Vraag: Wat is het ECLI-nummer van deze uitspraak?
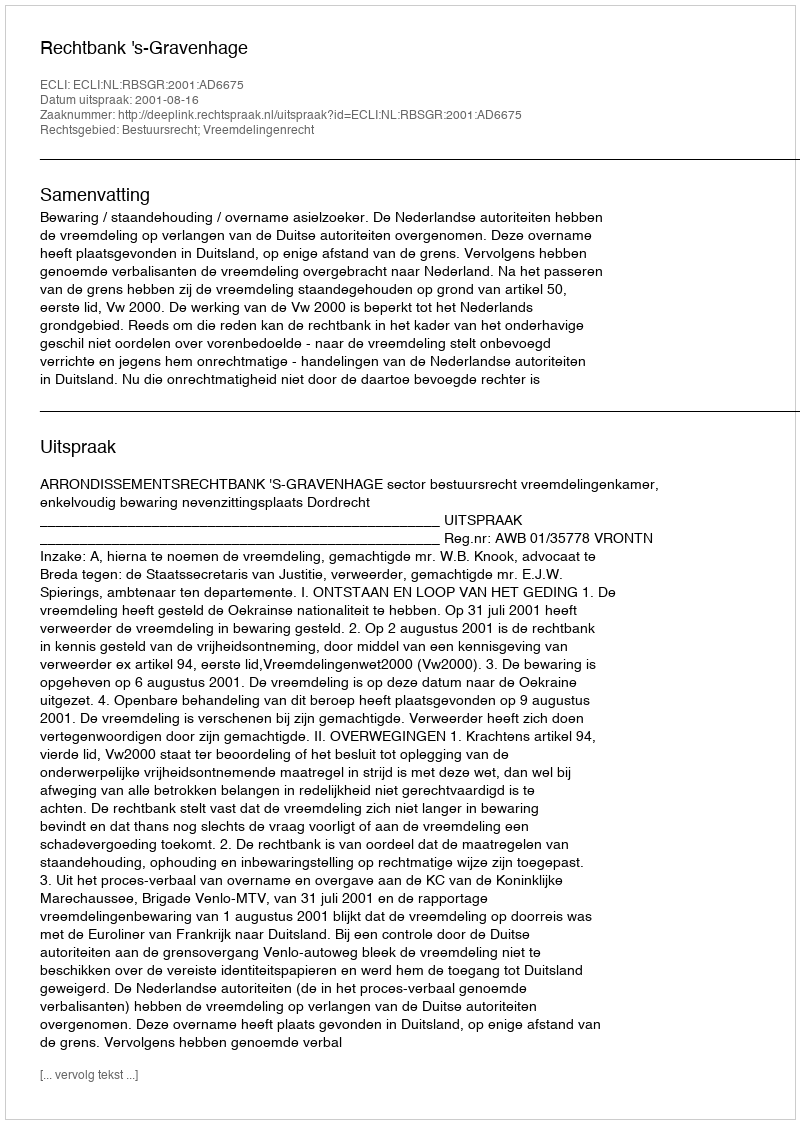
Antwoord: ECLI:NL:RBSGR:2001:AD6675